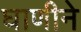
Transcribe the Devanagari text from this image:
घाणीने